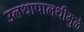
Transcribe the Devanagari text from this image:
उलथापालथीमुळे